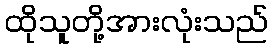
ထိုသူတို့အားလုံးသည်